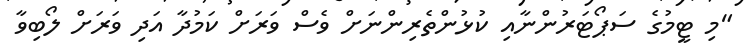
"މި ޓީމުގެ ސަޕޯޓަރުންނާއި ކުޅުންތެރިންނަށް ވެސް ވަރަށް ކަމުދާ އަދި ވަރަށް ލޯބިވާ